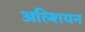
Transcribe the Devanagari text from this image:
अल्शियन